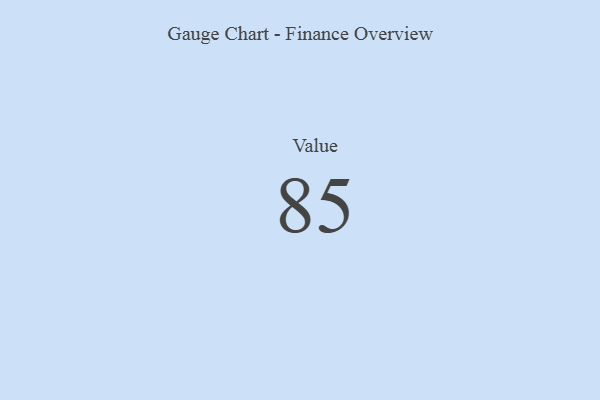
{"axis": {"x": "Metric", "y": "Value"}, "legend": [""], "data": [{"x": "Value", "y": 85, "type": ""}]}